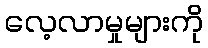
လေ့လာမှုများကို